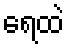
ရေထဲ